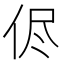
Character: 侭